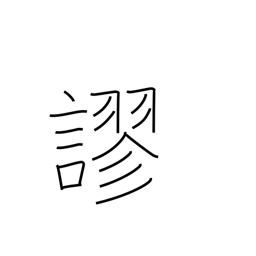
Meaning: mistake